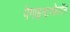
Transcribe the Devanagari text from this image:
पेगाइन्टरफेरॉन